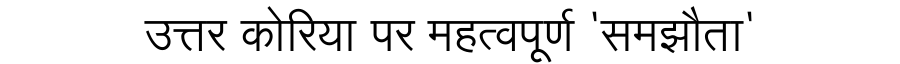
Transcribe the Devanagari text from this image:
उत्तर कोरिया पर महत्वपूर्ण 'समझौता'